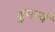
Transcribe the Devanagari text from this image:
ढुंगावं